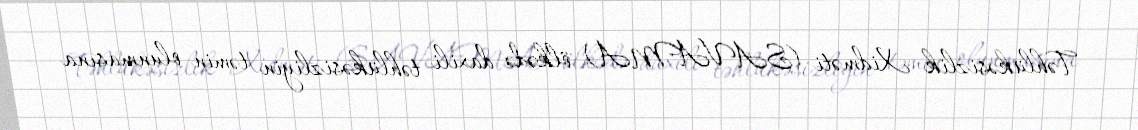
Təhlükəsizlik Xidməti (SAVAMA) ölkədə daxili təhlükəsizliyin təmin olunmasına